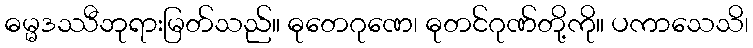
ဓမ္မဒဿီဘုရားမြတ်သည်။ ဓုတေဂုဏေ၊ ဓုတင်ဂုဏ်တို့ကို။ ပကာသေသိ၊